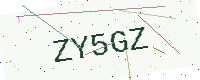
Text: ZY5GZ